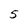
Character: 5